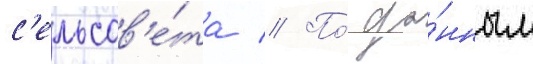
с'ельсов'е́та // По́ да́нным